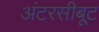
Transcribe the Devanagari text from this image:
अंटरसीबूट